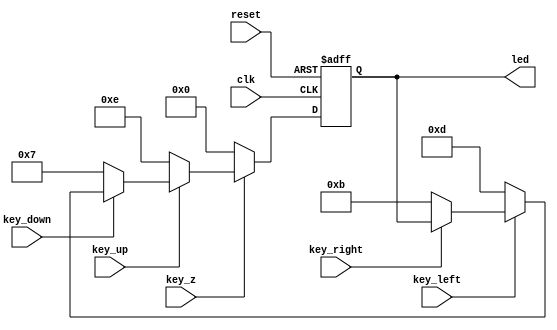
module joystick(clk,
		reset,
		key_up,
		key_down,
		key_left,
		key_right,key_z,
		led
		);
   input clk,reset;
   input key_up,key_down,key_left,key_right,key_z;
   output [3:0] led;

   reg [3:0] 	led_reg;
   always@(posedge clk or negedge reset)
     if(!reset)
       led_reg<=4'b1111;
     else if(!key_z)
       led_reg<=4'b0000;
     else if(!key_up)
       led_reg<=4'b1110;
     else if(!key_down)
       led_reg<=4'b0111;
     else if(!key_left)
       led_reg<=4'b1101;
     else if(!key_right)
       led_reg<=4'b1011;
     else
       led_reg<=led_reg;

   assign led=led_reg;

endmodule